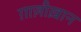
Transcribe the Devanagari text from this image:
ग़ाज़ीख़ान